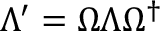
\Lambda ^ { \prime } = \Omega \Lambda \Omega ^ { \dagger }